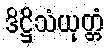
ဒိဋ္ဌိသံယုတ္တံ